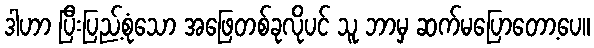
ဒါဟာ ပြီးပြည့်စုံသော အဖြေတစ်ခုလိုပင် သူ ဘာမှ ဆက်မပြောတော့ပေ။